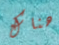
هناك